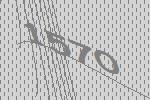
1570